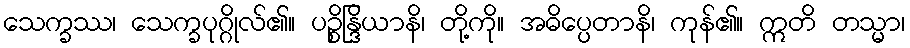
သေက္ခဿ၊ သေက္ခပုဂ္ဂိုလ်၏။ ပဉ္စိန္ဒြိယာနိ၊ တို့ကို။ အဓိပ္ပေတာနိ၊ ကုန်၏။ ဣတိ တသ္မာ၊